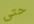
حتى